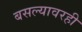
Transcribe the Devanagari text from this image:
बसल्यावरही